Problem: 5 × 3 = ?
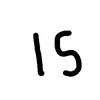
Handwritten answer: 15